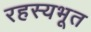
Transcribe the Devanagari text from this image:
रहस्यभूत